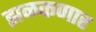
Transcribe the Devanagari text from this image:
झळकणार